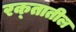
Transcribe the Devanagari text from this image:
रक्‍तातील